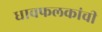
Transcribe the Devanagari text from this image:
धावफलकांची